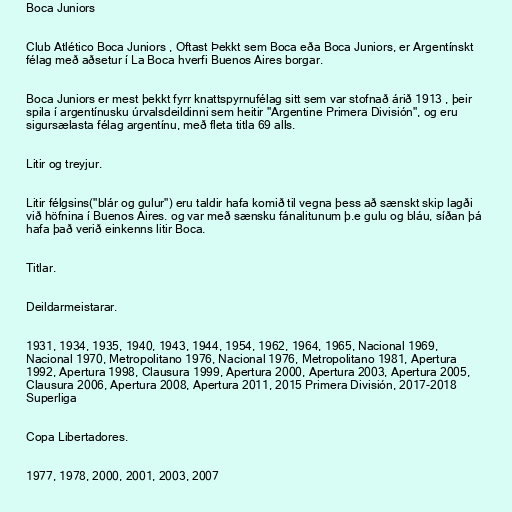
Boca Juniors

Club Atlético Boca Juniors , Oftast Þekkt sem Boca eða Boca Juniors, er Argentínskt
félag með aðsetur í La Boca hverfi Buenos Aires borgar.

Boca Juniors er mest þekkt fyrr knattspyrnufélag sitt sem var stofnað árið 1913 , þeir
spila í argentínusku úrvalsdeildinni sem heitir "Argentine Primera División", og eru
sigursælasta félag argentínu, með fleta titla 69 alls.

Litir og treyjur.

Litir félgsins("blár og gulur") eru taldir hafa komið til vegna þess að sænskt skip lagði
við höfnina í Buenos Aires. og var með sænsku fánalitunum þ.e gulu og bláu, síðan þá
hafa það verið einkenns litir Boca.

Titlar.

Deildarmeistarar.

1931, 1934, 1935, 1940, 1943, 1944, 1954, 1962, 1964, 1965, Nacional 1969,
Nacional 1970, Metropolitano 1976, Nacional 1976, Metropolitano 1981, Apertura
1992, Apertura 1998, Clausura 1999, Apertura 2000, Apertura 2003, Apertura 2005,
Clausura 2006, Apertura 2008, Apertura 2011, 2015 Primera División, 2017-2018
Superliga

Copa Libertadores.

1977, 1978, 2000, 2001, 2003, 2007